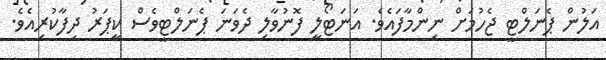
އަލުން ޕެނަލްޓީ ޖެހުމަށް ނިންމާފައެވެ. އަނަޓޯލީ ފޮނުވާލި ދެވަނަ ޕެނަލްޓީވެސް ކީޕަރު ދިފާކުރިއެވެ.